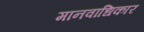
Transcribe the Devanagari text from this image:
मानवाधिकार